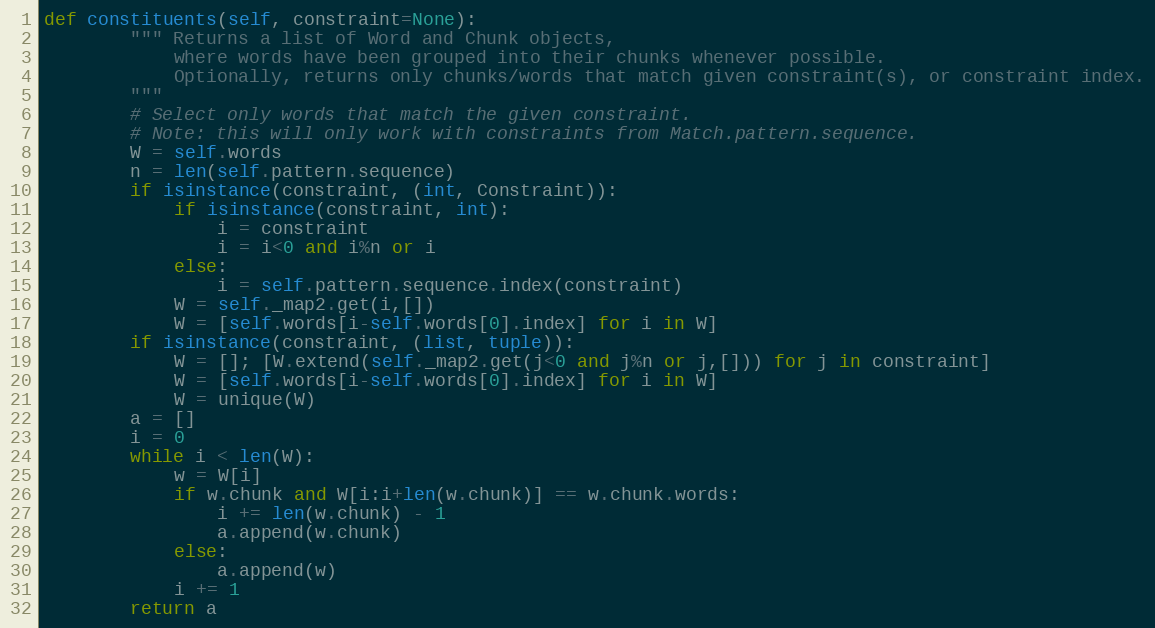
Language: Python
def constituents(self, constraint=None):
        """ Returns a list of Word and Chunk objects,
            where words have been grouped into their chunks whenever possible.
            Optionally, returns only chunks/words that match given constraint(s), or constraint index.
        """
        # Select only words that match the given constraint.
        # Note: this will only work with constraints from Match.pattern.sequence.
        W = self.words
        n = len(self.pattern.sequence)
        if isinstance(constraint, (int, Constraint)):
            if isinstance(constraint, int):
                i = constraint
                i = i<0 and i%n or i
            else:
                i = self.pattern.sequence.index(constraint)
            W = self._map2.get(i,[])
            W = [self.words[i-self.words[0].index] for i in W]
        if isinstance(constraint, (list, tuple)):
            W = []; [W.extend(self._map2.get(j<0 and j%n or j,[])) for j in constraint]
            W = [self.words[i-self.words[0].index] for i in W]
            W = unique(W)
        a = []
        i = 0
        while i < len(W):
            w = W[i]
            if w.chunk and W[i:i+len(w.chunk)] == w.chunk.words:
                i += len(w.chunk) - 1
                a.append(w.chunk)
            else:
                a.append(w)
            i += 1
        return a